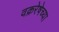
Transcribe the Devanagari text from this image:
वक्ररेषेच्या